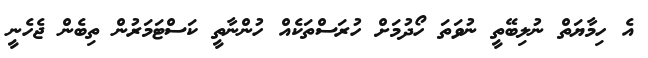
އެ ހިމާޔަތް ނުލިބޭތީ ނުވަތަ ހޯދުމަށް ހުރަސްތަކެއް ހުންނާތީ ކަސްޓަމަރުން ތިބެން ޖެހެނީ